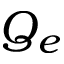
Q _ { e }